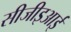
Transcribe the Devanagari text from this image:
सीजीइआई